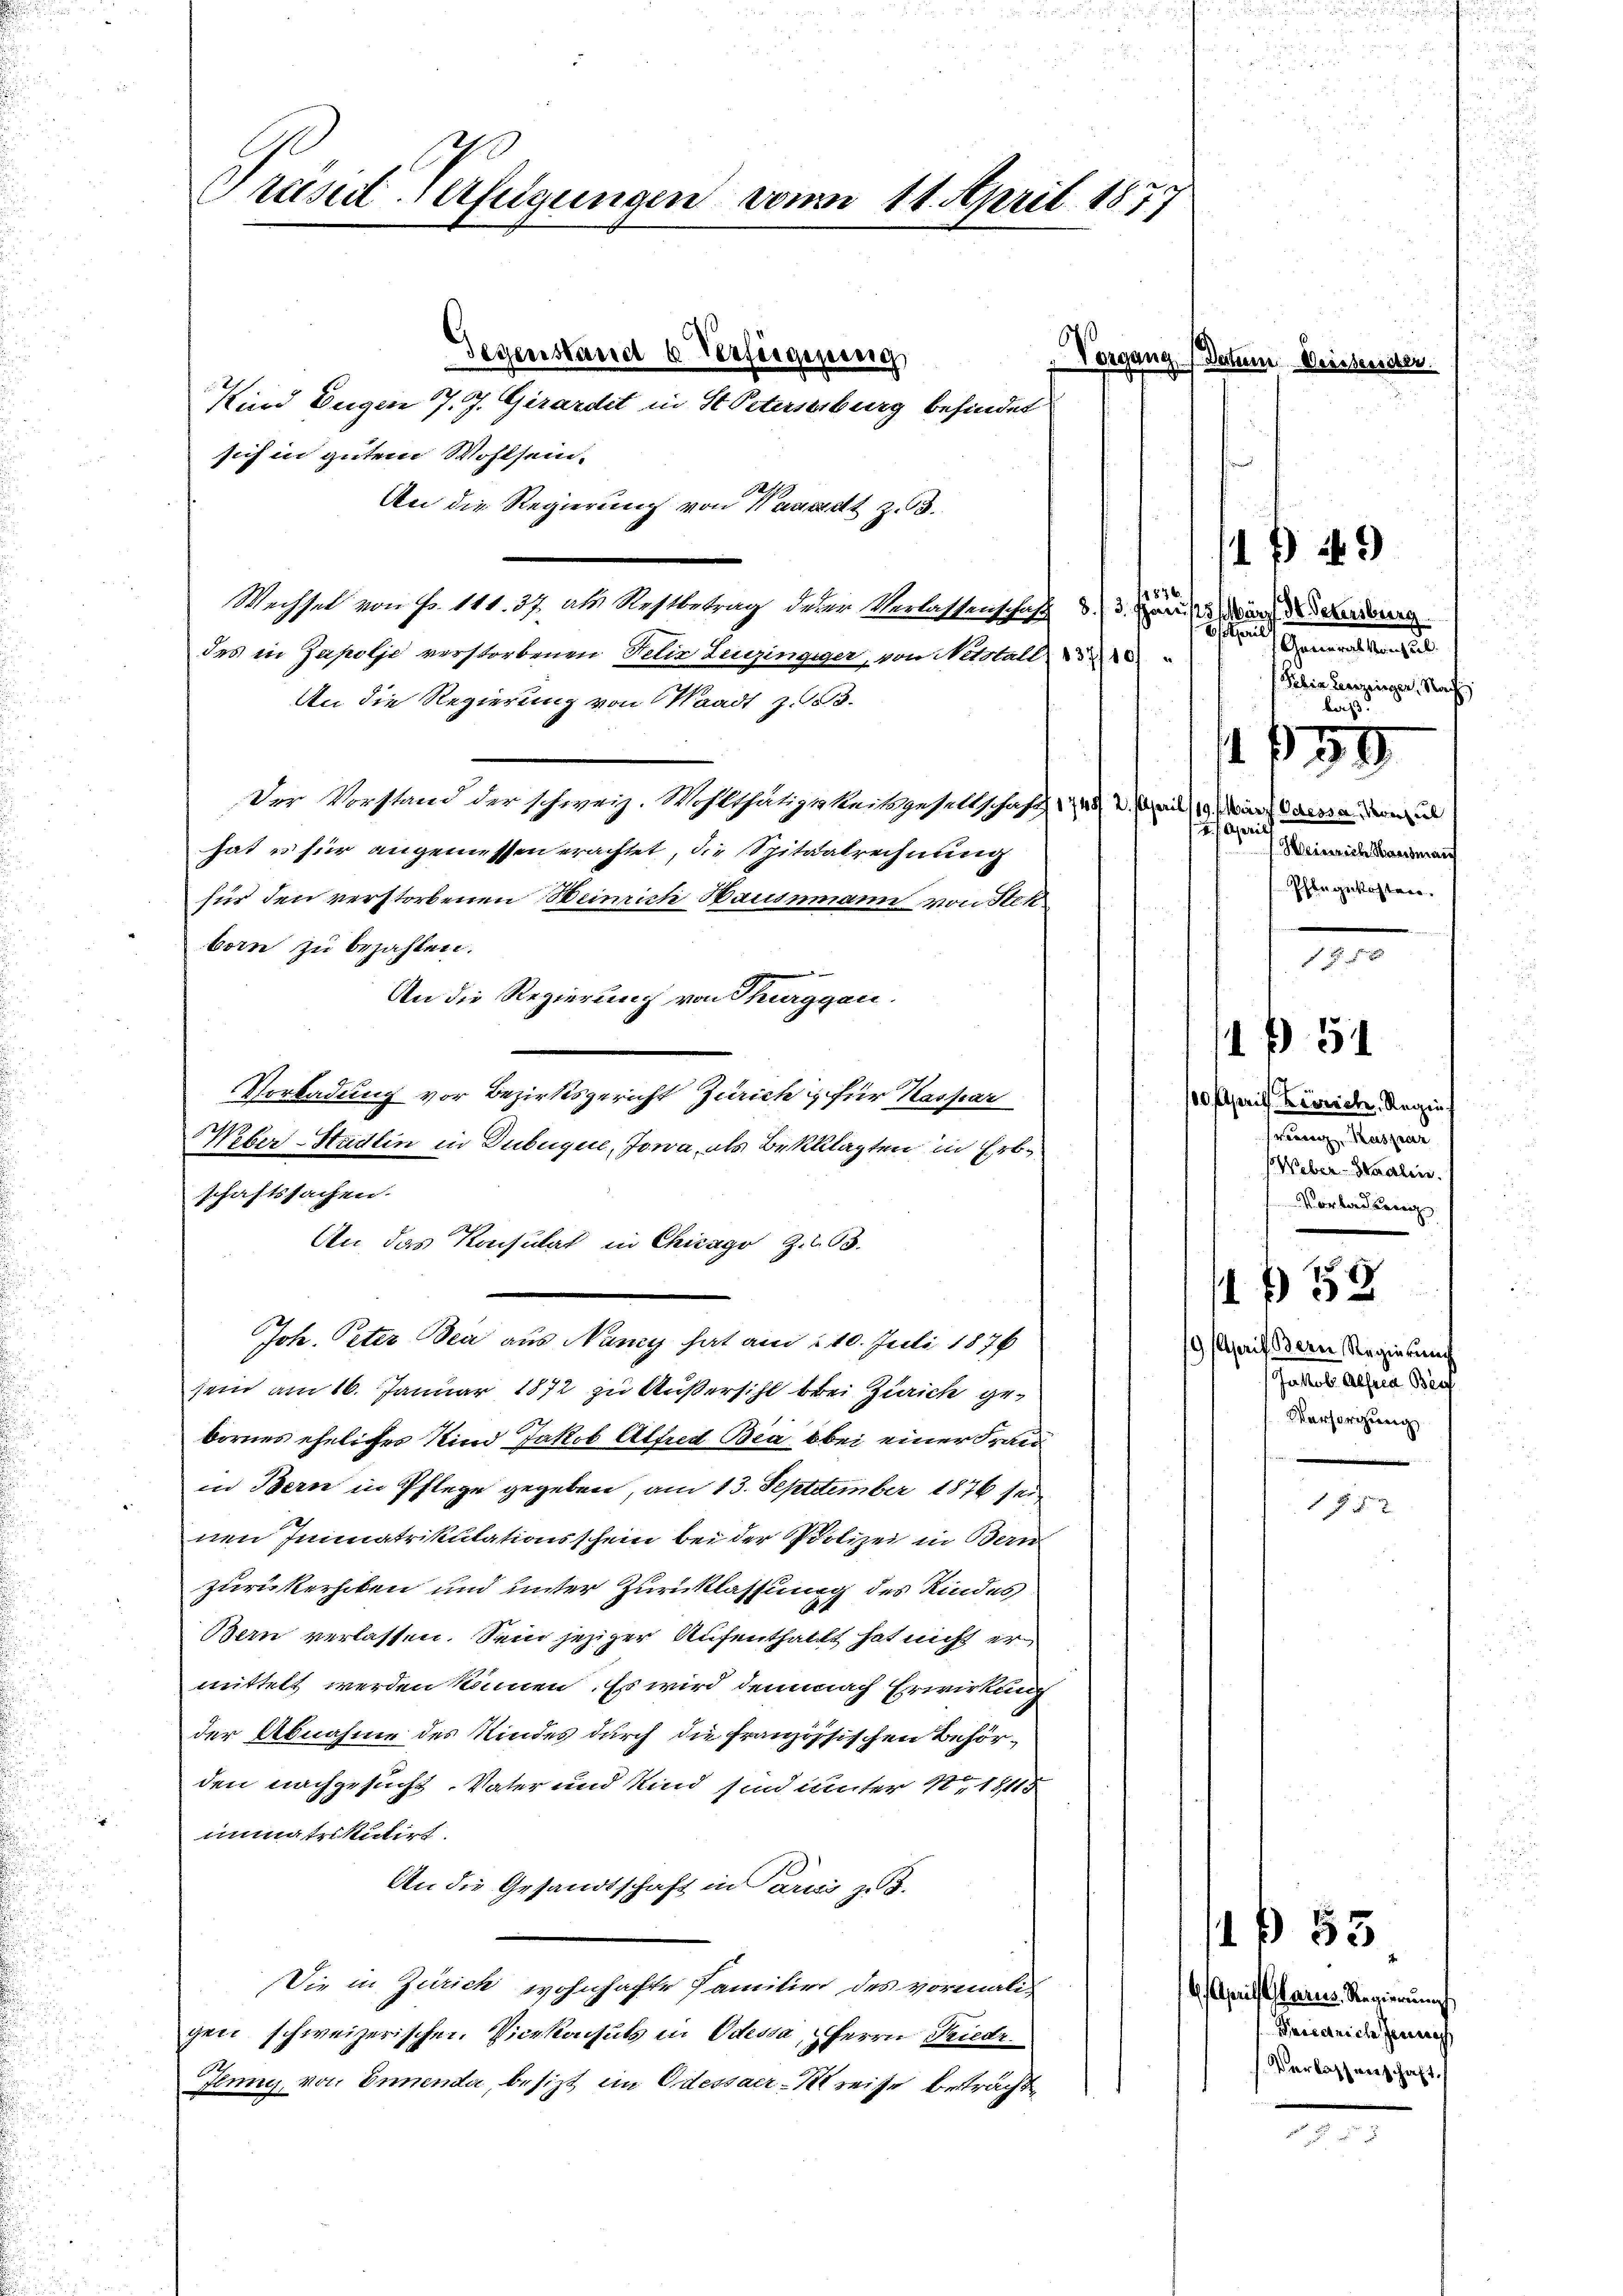
Präsid Verfügungen vom 11. April 1877

Gegenstand 6 Verfügung

Vorgang (Datum Deissenster.
Kind Eugen 7. J. Girardet in St. Peterseiburg befindet
sich in gutem Wohlsein.
Ah
An die Regierung von Kanadt z. 3.
terre
Wechsel von Fr. 111. 37, als Restbetrag derer Verlassenschaft d. 3. Marien der den
des in Zapolje verstorbenen Felix Leuzingiger, von Netstall
An die Regierung von Waadt z. B.
Der Vorstand der schweiz. Wohlthätigkeitsgesellschaft 22. April 119, arch dessen werd
hat es für angemessen erachtet, die Spitaatrechnung
für den verstorbenen Heinrich Hausmann von Stek
born zu bezahlen.
An die Regierung von Thurggau.
Vorladung vor Bezirksgericht Zürich für Kaspar
Weber-Stadlin in Dubugel, Jowa, als Bekklagten in Erbschaftssachen.
An das Konsulat in Chicago Z. 63.
Joh. Peter Bea aus Nancy hat am 10. Juli 1876
sein am 16. Januar 1872 zu Außersihl brei Zürich gebornes eheliches Kind Jakob Alfred Bia bei einer Frau
in Bern in Pflege gegeben, am 13. September 1876 sei
nen Immatrikulationsschein bei der Polizei in Bern
zurückerhoben und unter Zurücklassung des Kindes
Bern verlassen. Sein jeziger Aufenthallt hat nicht ermittelt werden können. Es wird demnach Erwirkung
der Abnahme des Kindes durch die Französischen Beförden nachgesucht. Vater und Kind sind unter Nr. 18115
immatrikutirt.
An die Gesandtschaft in Paris z. B.
Die in Zürich wohnhafte Familie des vormaligen schweizerischen Vicekonsuls in Odessa, Herrn Friedr.
Ilung von Innenda, besizt in Odessaer-Kreise beträcht

bsteil
shemmelten
Febig Leerzeigen, Nach
laß.
t. 39
 Apri
Weinrich Hausmann
Pflegekosten.
1 f 5 x

1749

100 April Kerrich, Regin.
sengelegen
Weber-Stadlin.
Vorladen

B 51

B 52

/9 April Bern Regierung
Jacob Aesca Brief
Versorgung

15 x

11 55

6. Aprils stares Regierungs
deicarich Jenneh
Verlassverschaft.